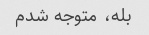
بله، متوجه شدم